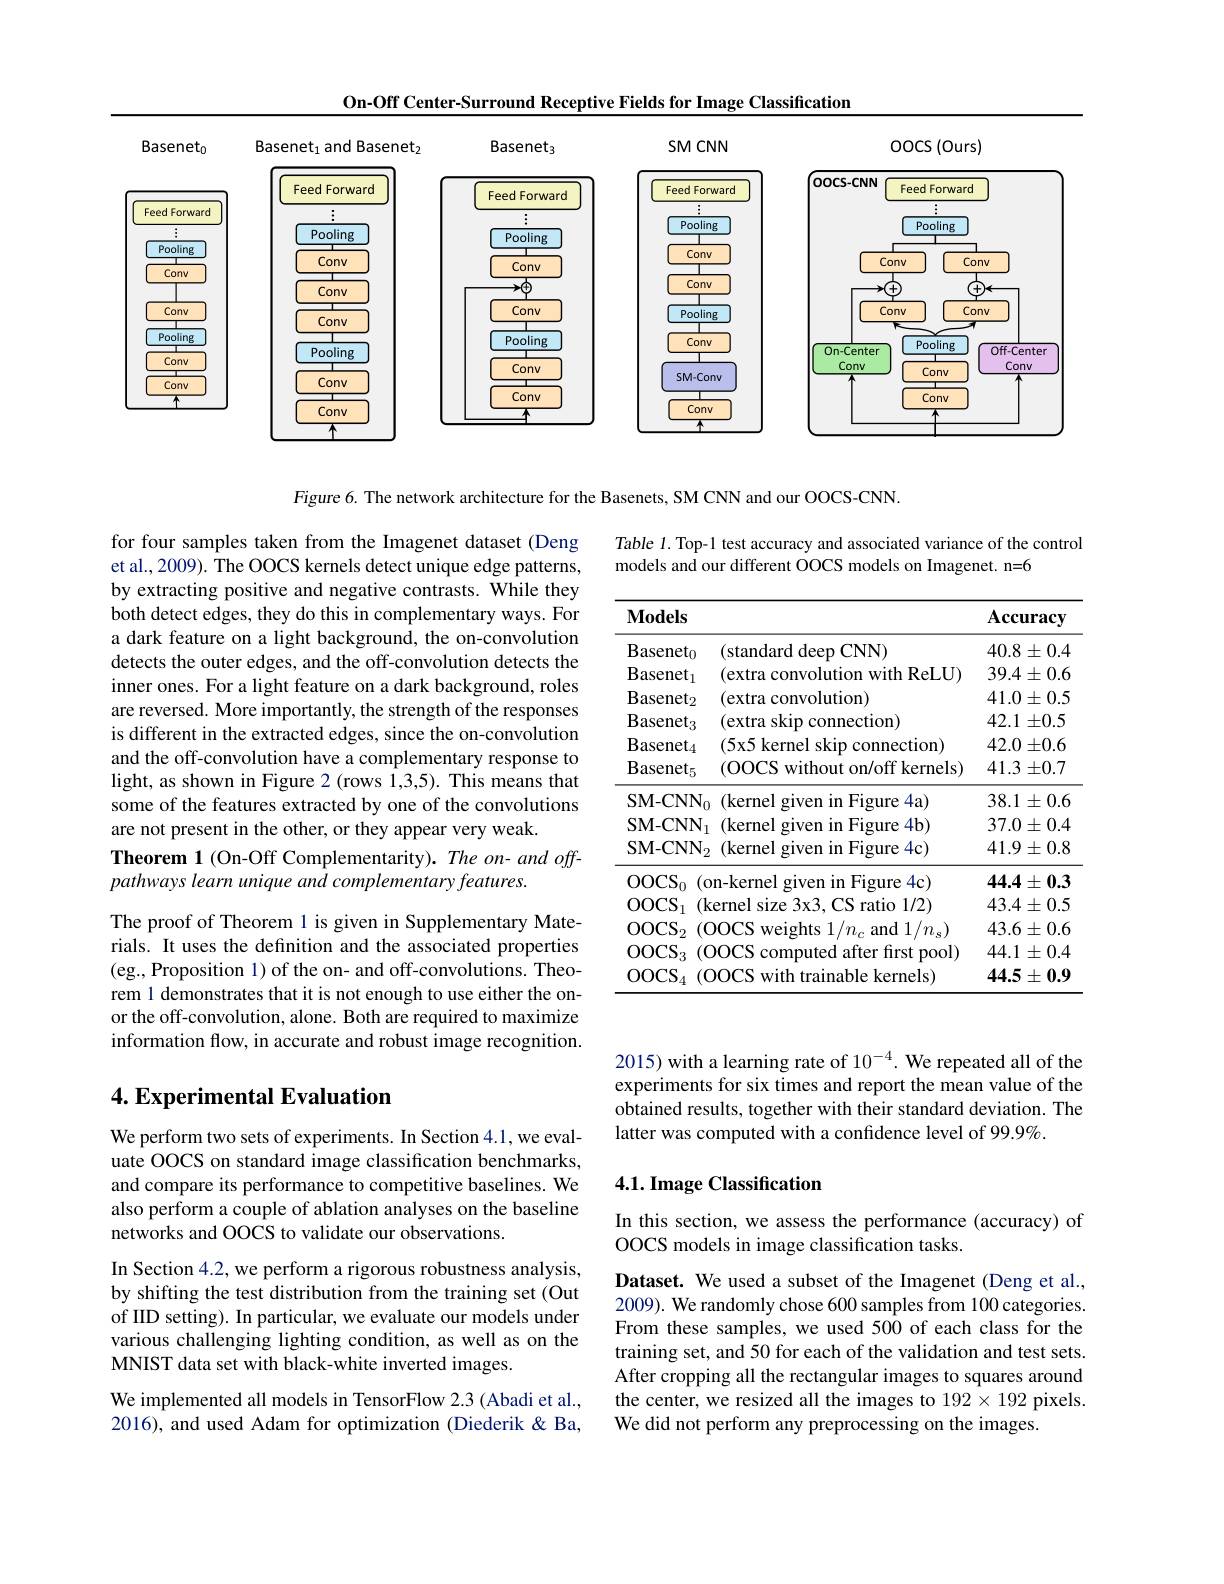
On-Off Center-Surround Receptive Fields for Image Classification

<FigureHere>

Figure 6. The network architecture for the Basenets, SM CNN and our OOCS-CNN.

Table 1. Top-1 test accuracy and associated variance of the control
models and our different OOCS models on Imagenet. n=6

for four samples taken from the Imagenet dataset (Deng et al., 2009). The OOCS kernels detect unique edge patterns, by extracting positive and negative contrasts. While they both detect edges, they do this in complementary ways. For a dark feature on a light background, the on-convolution detects the outer edges, and the off-convolution detects the inner ones. For a light feature on a dark background, roles are reversed. More importantly, the strength of the responses is different in the extracted edges, since the on-convolution and the off-convolution have a complementary response to light, as shown in Figure 2 (rows 1,3,5). This means that some of the features extracted by one of the convolutions are not present in the other, or they appear very weak.
Theorem 1 (On-Off Complementarity). The on- and off-
pathways learn unique and complementary features.

<table>
	<tbody>
		<tr>
			<th>$\mathbf{Models}$</th>
			<th> </th>
			<th>$\mathbf{Accuracy}$</th>
		</tr>
		<tr>
			<td>$\mathbf{B}.$ $\mathrm{iasenet}_{0}$</td>
			<td>(standard deep ,CNN)</td>
			<td>$40.8\pm0.4$</td>
		</tr>
		<tr>
			<td>$B$ $\mathrm{iasenet}_{\mathrm{l}}$</td>
			<td>(extra convolution with ReLU)</td>
			<td>$39.4\pm0.6$</td>
		</tr>
		<tr>
			<td>$\mathbf{B}.$ $3\mathrm{asenet}_{2}$</td>
			<td>(extra convolution)</td>
			<td>$41.0\pm0.5$</td>
		</tr>
		<tr>
			<td>$B$ $\mathrm{asenet}_{3}$</td>
			<td>(extra skip connection)</td>
			<td>$42.1\pm0.5$</td>
		</tr>
		<tr>
			<td>$\mathbf{B}.$ $\mathrm{iasenet}_{4}$</td>
			<td>(5x5 kernel skip connection)</td>
			<td>$42.0\pm0.6$</td>
		</tr>
		<tr>
			<td>$\mathrm{Basenet}_{5}$</td>
			<td>(OOCS without on/ off kernels)</td>
			<td>$41.3\pm0.7$</td>
		</tr>
		<tr>
			<td>$\mathrm{SM-CNN}_{0}$</td>
			<td>(kernel given in Figure 4a)</td>
			<td>$38.1\pm0.6$</td>
		</tr>
		<tr>
			<td>$\mathrm{SM-CNN}_{\mathrm{I}}$</td>
			<td>(kernel given in Figure 4b)</td>
			<td>$37.0\pm0.4$</td>
		</tr>
		<tr>
			<td>$\mathrm{SM-CNN}_{2}$</td>
			<td>(kernel g given in Figure $4c)$</td>
			<td>$41.9\pm0.8$</td>
		</tr>
		<tr>
			<td>$\mathrm{OOCS}_{0}$</td>
			<td>n- kernel given in Figure 4c) 100</td>
			<td>$44.4\pm0.3$</td>
		</tr>
		<tr>
			<td>OOCS</td>
			<td>cernel size 3x3, CS ratio 1/2)</td>
			<td>$43.4\pm0.5$</td>
		</tr>
		<tr>
			<td>OOCS 1</td>
			<td>${\mathrm{c~and~1/n_{s})}}$ OOCS weights 1 $I\eta.$</td>
			<td>$43.6\pm0.6$</td>
		</tr>
		<tr>
			<td>OOCS 2</td>
			<td>OOCS computed after first pool) </td>
			<td>$44.1\pm0.4$</td>
		</tr>
		<tr>
			<td>OOCS</td>
			<td>OOCS with trainable kernels) </td>
			<td>$44.5\pm0.9$</td>
		</tr>
	</tbody>
</table>

The proof of Theorem 1 is given in Supplementary Materials. It uses the definition and the associated properties (eg., Proposition 1) of the on- and off-convolutions. Theorem 1 demonstrates that it is not enough to use either the onor the off-convolution, alone. Both are required to maximize information flow, in accurate and robust image recognition.

2015) with a learning rate of $10^{-4}.$ We repeated all of the experiments for six times and report the mean value of the obtained results, together with their standard deviation. The latter was computed with a confidence level of 99.9%.

## 4. Experimental Evaluation

## 4.1. Image Classification

We perform two sets of experiments. In Section 4.1, we evaluate OOCS on standard image classification benchmarks, and compare its performance to competitive baselines. We also perform a couple of ablation analyses on the baseline $\hat{\text{networks and OOCS to validate our observations.}}$

In this section, we assess the performance (accuracy) of
OOCS models in image classification tasks.

In Section 4.2, we perform a rigorous robustness analysis, by shifting the test distribution from the training set (Out of IID setting). In particular, we evaluate our models under various challenging lighting condition, as well as on the MNIST data set with black-white inverted images.

Dataset. We used a subset of the Imagenet (Deng et al., 2009). We randomly chose 600 samples from 100 categories. From these samples, we used 500 of each class for the training set, and 50 for each of the validation and test sets. After cropping all the rectangular images to squares around the center, we resized all the images to 192 × 192 pixels. We did not perform any preprocessing on the images.

We implemented all models in TensorFlow 2.3 (Abadi et al., 2016), and used Adam for optimization (Diederik & Ba,